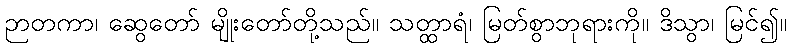
ဉာတကာ၊ ဆွေတော် မျိုးတော်တို့သည်။ သတ္ထာရံ၊ မြတ်စွာဘုရားကို။ ဒိသွာ၊ မြင်၍။